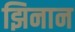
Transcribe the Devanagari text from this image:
झिनान